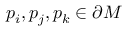
p _ { i } , p _ { j } , p _ { k } \in \partial M